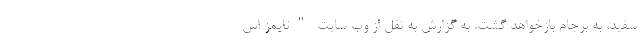
سفید، به برجام بازخواهد گشت. به گزارش به نقل از وب سایت "تایمز اس